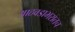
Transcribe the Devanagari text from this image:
आठवडाभरातच